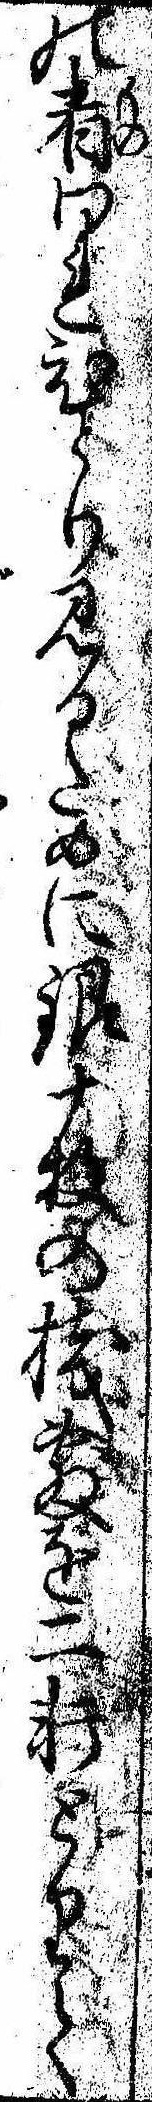
の者われひとり見るために銀十枚の桟敷を二軒とりて